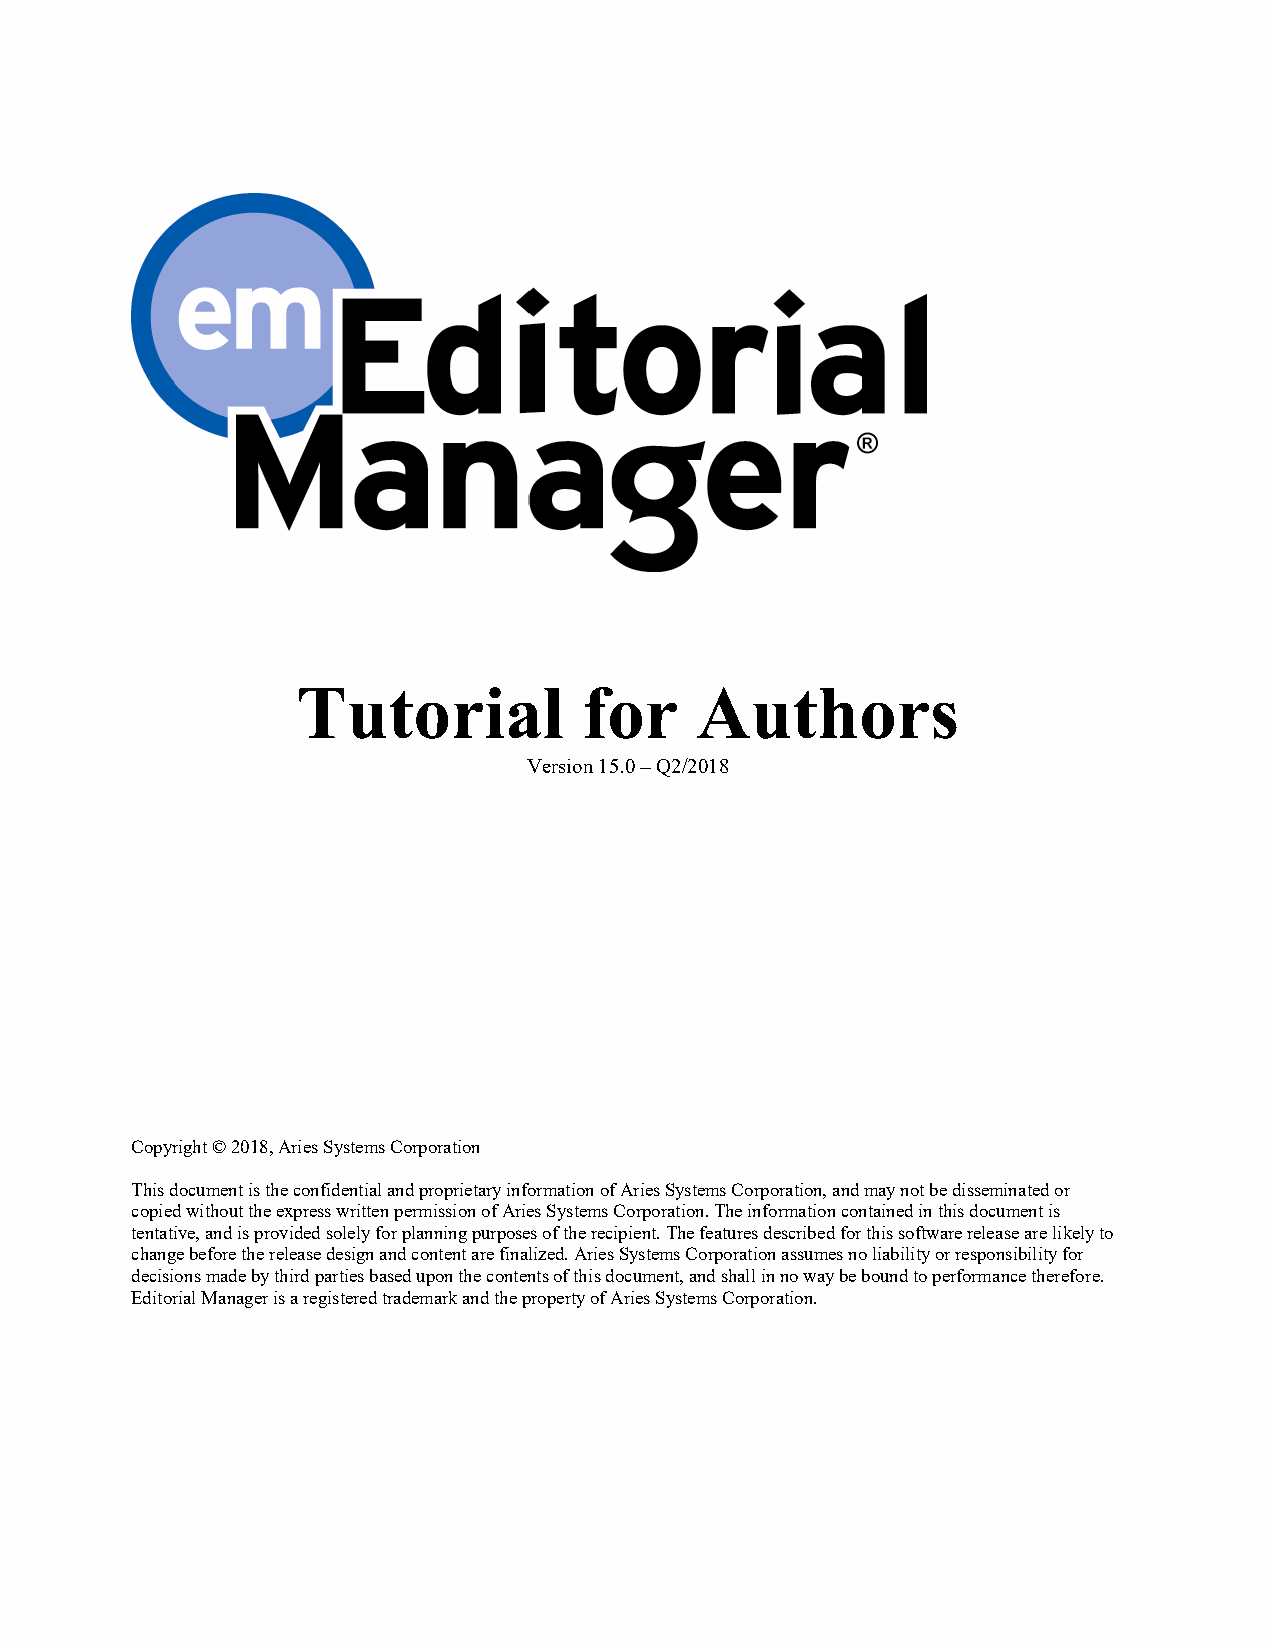
Tutorial           for    Authors
 Version 15.0 – Q2/2018
 Copyright © 2018, Aries Systems Corporation
 This document is the confidential and proprietary information of Aries Systems Corporation, and may not be disseminated or
 copied without the express written permission of Aries Systems Corporation. The information contained in this document is
 tentative, and is provided solely for planning purposes of the recipient. The features described for this software release are likely to
 change before the release design and content are finalized. Aries Systems Corporation assumes no liability or responsibility for
 decisions made by third parties based upon the contents of this document, and shall in no way be bound to performance therefore.
 Editorial Manager is a registered trademark and the property of Aries Systems Corporation.